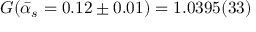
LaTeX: G ( \bar { \alpha } _ { s } = 0 . 1 2 \pm 0 . 0 1 ) = 1 . 0 3 9 5 ( 3 3 )